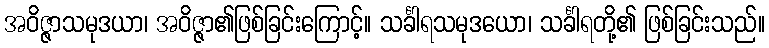
အဝိဇ္ဇာသမုဒယာ၊ အဝိဇ္ဇာ၏ဖြစ်ခြင်းကြောင့်။ သင်္ခါရသမုဒယော၊ သင်္ခါရတို့၏ ဖြစ်ခြင်းသည်။